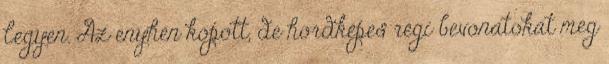
legyen. Az enyhén kopott, de hordképes régi bevonatokat meg